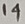
Text: 14